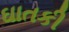
ઘાતકી